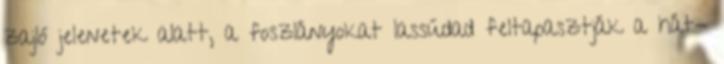
zajló jelenetek alatt, a foszlányokat lassúdad feltapasztják a hát-